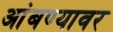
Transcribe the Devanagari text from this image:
आंबण्यावर